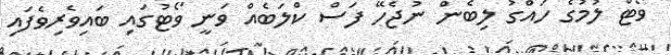
ވޯޓް ލުމުގެ ހައްގު ލިބެން ނުޖެހޭ ފަސް ކްލަބެއް ވަނީ ވޯޓުގައި ބައިވެރިވެފައި